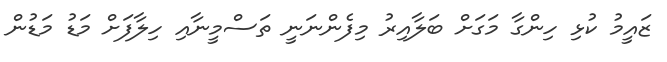
ޒައީމު ކުޅި ހިންގާ މަގަށް ބަލާއިރު މިފެންނަނީ ތަސްމީނާއި ހިލާފަށް މަޑު މަޑުން